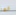
انها